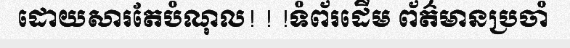
ដោយសារតែបំណុល! ! !ទំព័រដើម ព័ត៌មានប្រចាំ